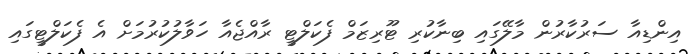
އިންޑިއާ ސަރުކާރުން މާލޭގައި ބިނާކުރި ޓޫރިޒަމް ފެކަލްޓީ ރާއްޖެއާ ހަވާލުކުރުމަށް އެ ފެކަލްޓީގައި